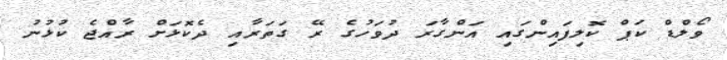
ވޯލްޑް ކަޕް ކޮލިފައިންގައި އަންގާރަ ދުވަހުގެ ރޭ ގަތަރާއި ދެކޮޅަށް ރާއްޖެ ކުޅުނު